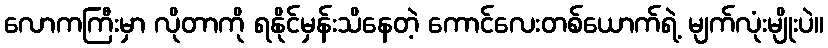
လောကကြီးမှာ လိုတာကို ရနိုင်မှန်းသိနေတဲ့ ကောင်လေးတစ်ယောက်ရဲ့ မျက်လုံးမျိုးပဲ။